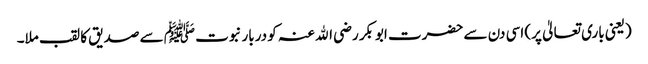
(یعنی باری تعالیٰ پر) اسی دن سے حضرت ابوبکر رضی اﷲ عنہ کو دربار نبوت ﷺ سے صدیق کا لقب ملا۔